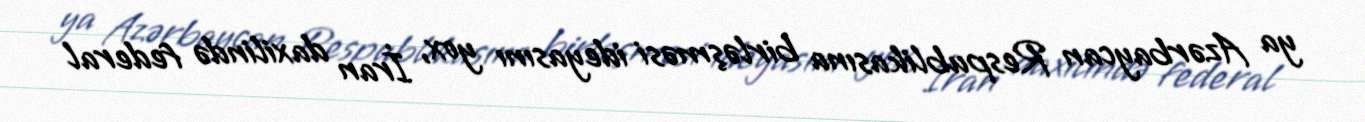
ya Azərbaycan Respublikasına birləşməsi ideyasını yox, İran daxilində federal